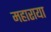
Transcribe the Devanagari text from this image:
महाराया